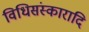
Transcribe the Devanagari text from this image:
विधिसंस्कारादि